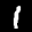
Label: 1